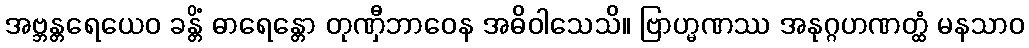
အဗ္ဘန္တရေယေဝ ခန္တိံ ဓာရေန္တော တုဏှီဘာဝေန အဓိဝါသေသိ။ ဗြာဟ္မဏဿ အနုဂ္ဂဟဏတ္ထံ မနသာဝ